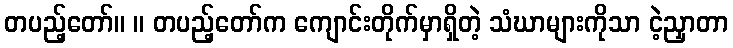
တပည့်တော်။ ။ တပည့်တော်က ကျောင်းတိုက်မှာရှိတဲ့ သံဃာများကိုသာ ငဲ့ညှာတာ